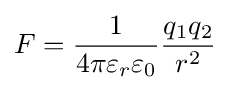
F={\frac {1}{4\pi \varepsilon _{r}\varepsilon _{0}}}{\frac {q_{1}q_{2}}{r^{2}}}